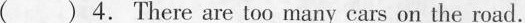
( ) 4. There are too many cars on the road.